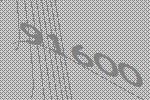
91600